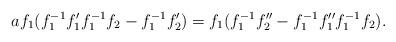
LaTeX: \begin{align*}af_1(f_1^{-1}f_1'f_1^{-1}f_2-f_1^{-1}f_2')=f_1(f_1^{-1}f_2''-f_1^{-1}f_1''f_1^{-1}f_2).\end{align*}